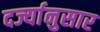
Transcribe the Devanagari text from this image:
दर्ज्यानुसार